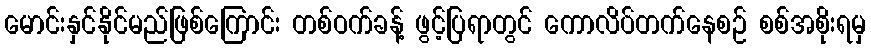
မောင်းနှင်နိုင်မည်ဖြစ်ကြောင်း တစ်ဝက်ခန့် ဖွင့်ပြရာတွင် ကောလိပ်တက်နေစဉ် စစ်အစိုးရမှ